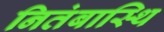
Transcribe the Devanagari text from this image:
नितंबास्थि